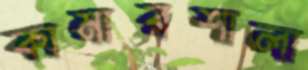
কামারশালা